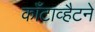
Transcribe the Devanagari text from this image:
काँटाव्हैटने